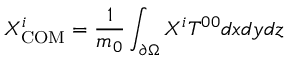
X _ { \mathrm { C O M } } ^ { i } = { \frac { 1 } { m _ { 0 } } } \int _ { \partial \Omega } X ^ { i } T ^ { 0 0 } d x d y d z